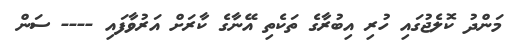
މަންދު ކޮލެޖުގައި ހުރި އިބުރާގެ ތަކެތި އޭނާގެ ކާރަށް އަރުވާފައި ---- ސަން